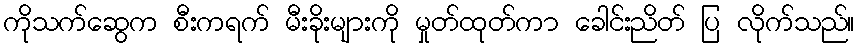
ကိုသက်ဆွေက စီးကရက် မီးခိုးများကို မှုတ်ထုတ်ကာ ခေါင်းညိတ် ပြ လိုက်သည်။